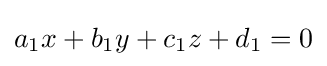
a_{1}x+b_{1}y+c_{1}z+d_{1}=0